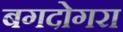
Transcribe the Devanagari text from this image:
बगदोगरा